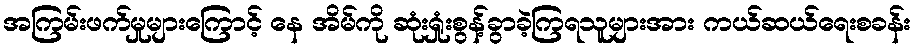
အကြမ်းဖက်မှုများကြောင့် နေ အိမ်ကို ဆုံးရှုံးစွန့်ခွာခဲ့ကြရသူများအား ကယ်ဆယ်ရေးစခန်း